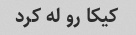
کیکا رو له کرد